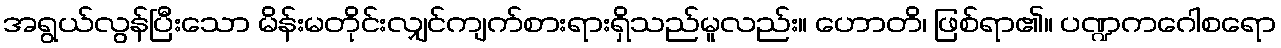
အရွယ်လွန်ပြီးသော မိန်းမတိုင်းလျှင်ကျက်စားရားရှိသည်မူလည်း။ ဟောတိ၊ ဖြစ်ရာ၏။ ပဏ္ဍကဂေါစရော